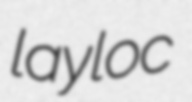
layloc